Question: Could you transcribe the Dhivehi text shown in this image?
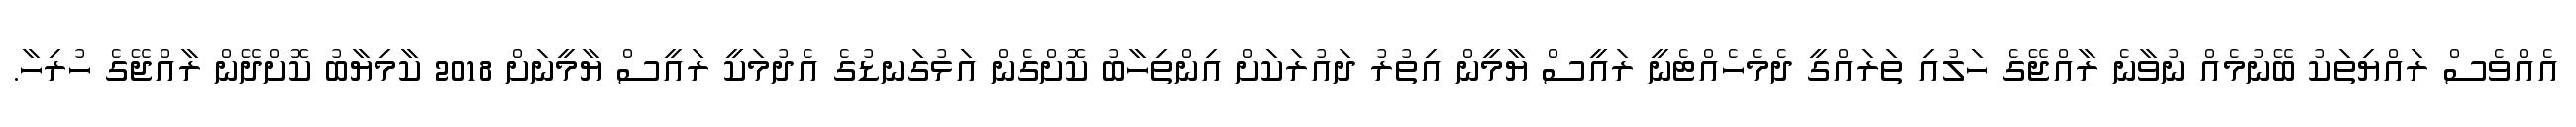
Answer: އެއްވެސް ރައްޔިތަކު ބޭނުމެއް ނުވާނެ ރާއްޖޭގެ ހަލުއި ތަރައްގީ ދެމެހެއްޓެނީ ރައީސް ޔާމީން އިތުރު ދައުރަކަށް އިންތިހާބު ކޮށްގެން އަޅުގަނޑުގެ އެދުމަކީ ރައީސް ޔާމީނަށް 2018 ކާމިޔާބު ކޮށްދޭން ރާއްޖޭގެ ހުރިހާ.